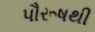
પૌરૂષથી